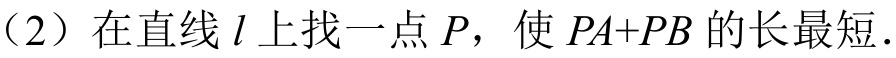
（2）在直线\(l\)上找一点\(P\)，使\(PA + PB\)的长最短．